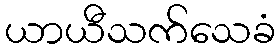
ယာယီသက်သေခံ